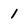
Character: 1